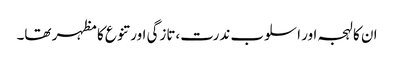
ان کا لہجہ اور اسلوب ندرت،تازگی اور تنوع کا مظہر تھا۔